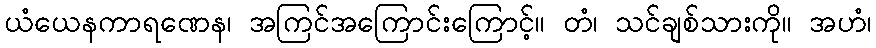
ယံယေနကာရဏေန၊ အကြင်အကြောင်းကြောင့်။ တံ၊ သင်ချစ်သားကို။ အဟံ၊